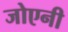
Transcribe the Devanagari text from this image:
जोएनी